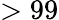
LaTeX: >99